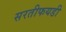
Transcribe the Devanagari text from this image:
सरतीफयडी